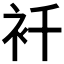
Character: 𧘜